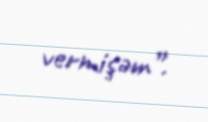
vermişəm”.